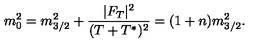
m _ { 0 } ^ { 2 } = m _ { 3 / 2 } ^ { 2 } + \frac { | F _ { T } | ^ { 2 } } { ( T + T ^ { * } ) ^ { 2 } } = ( 1 + n ) m _ { 3 / 2 } ^ { 2 } .